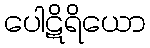
ပေါဋိရိယော